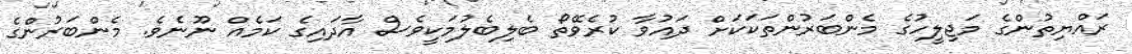
ރައްޔިތުންގެ މަޖިލީހުގެ މެންބަރުންތަކަކަށް ދައުވާ ކުރެވޭތޯ ބެލިބެލުމަކީވެސް އާދައިގެ ކަމެއް ނޫނެވެ. މެންބަރުންގެ